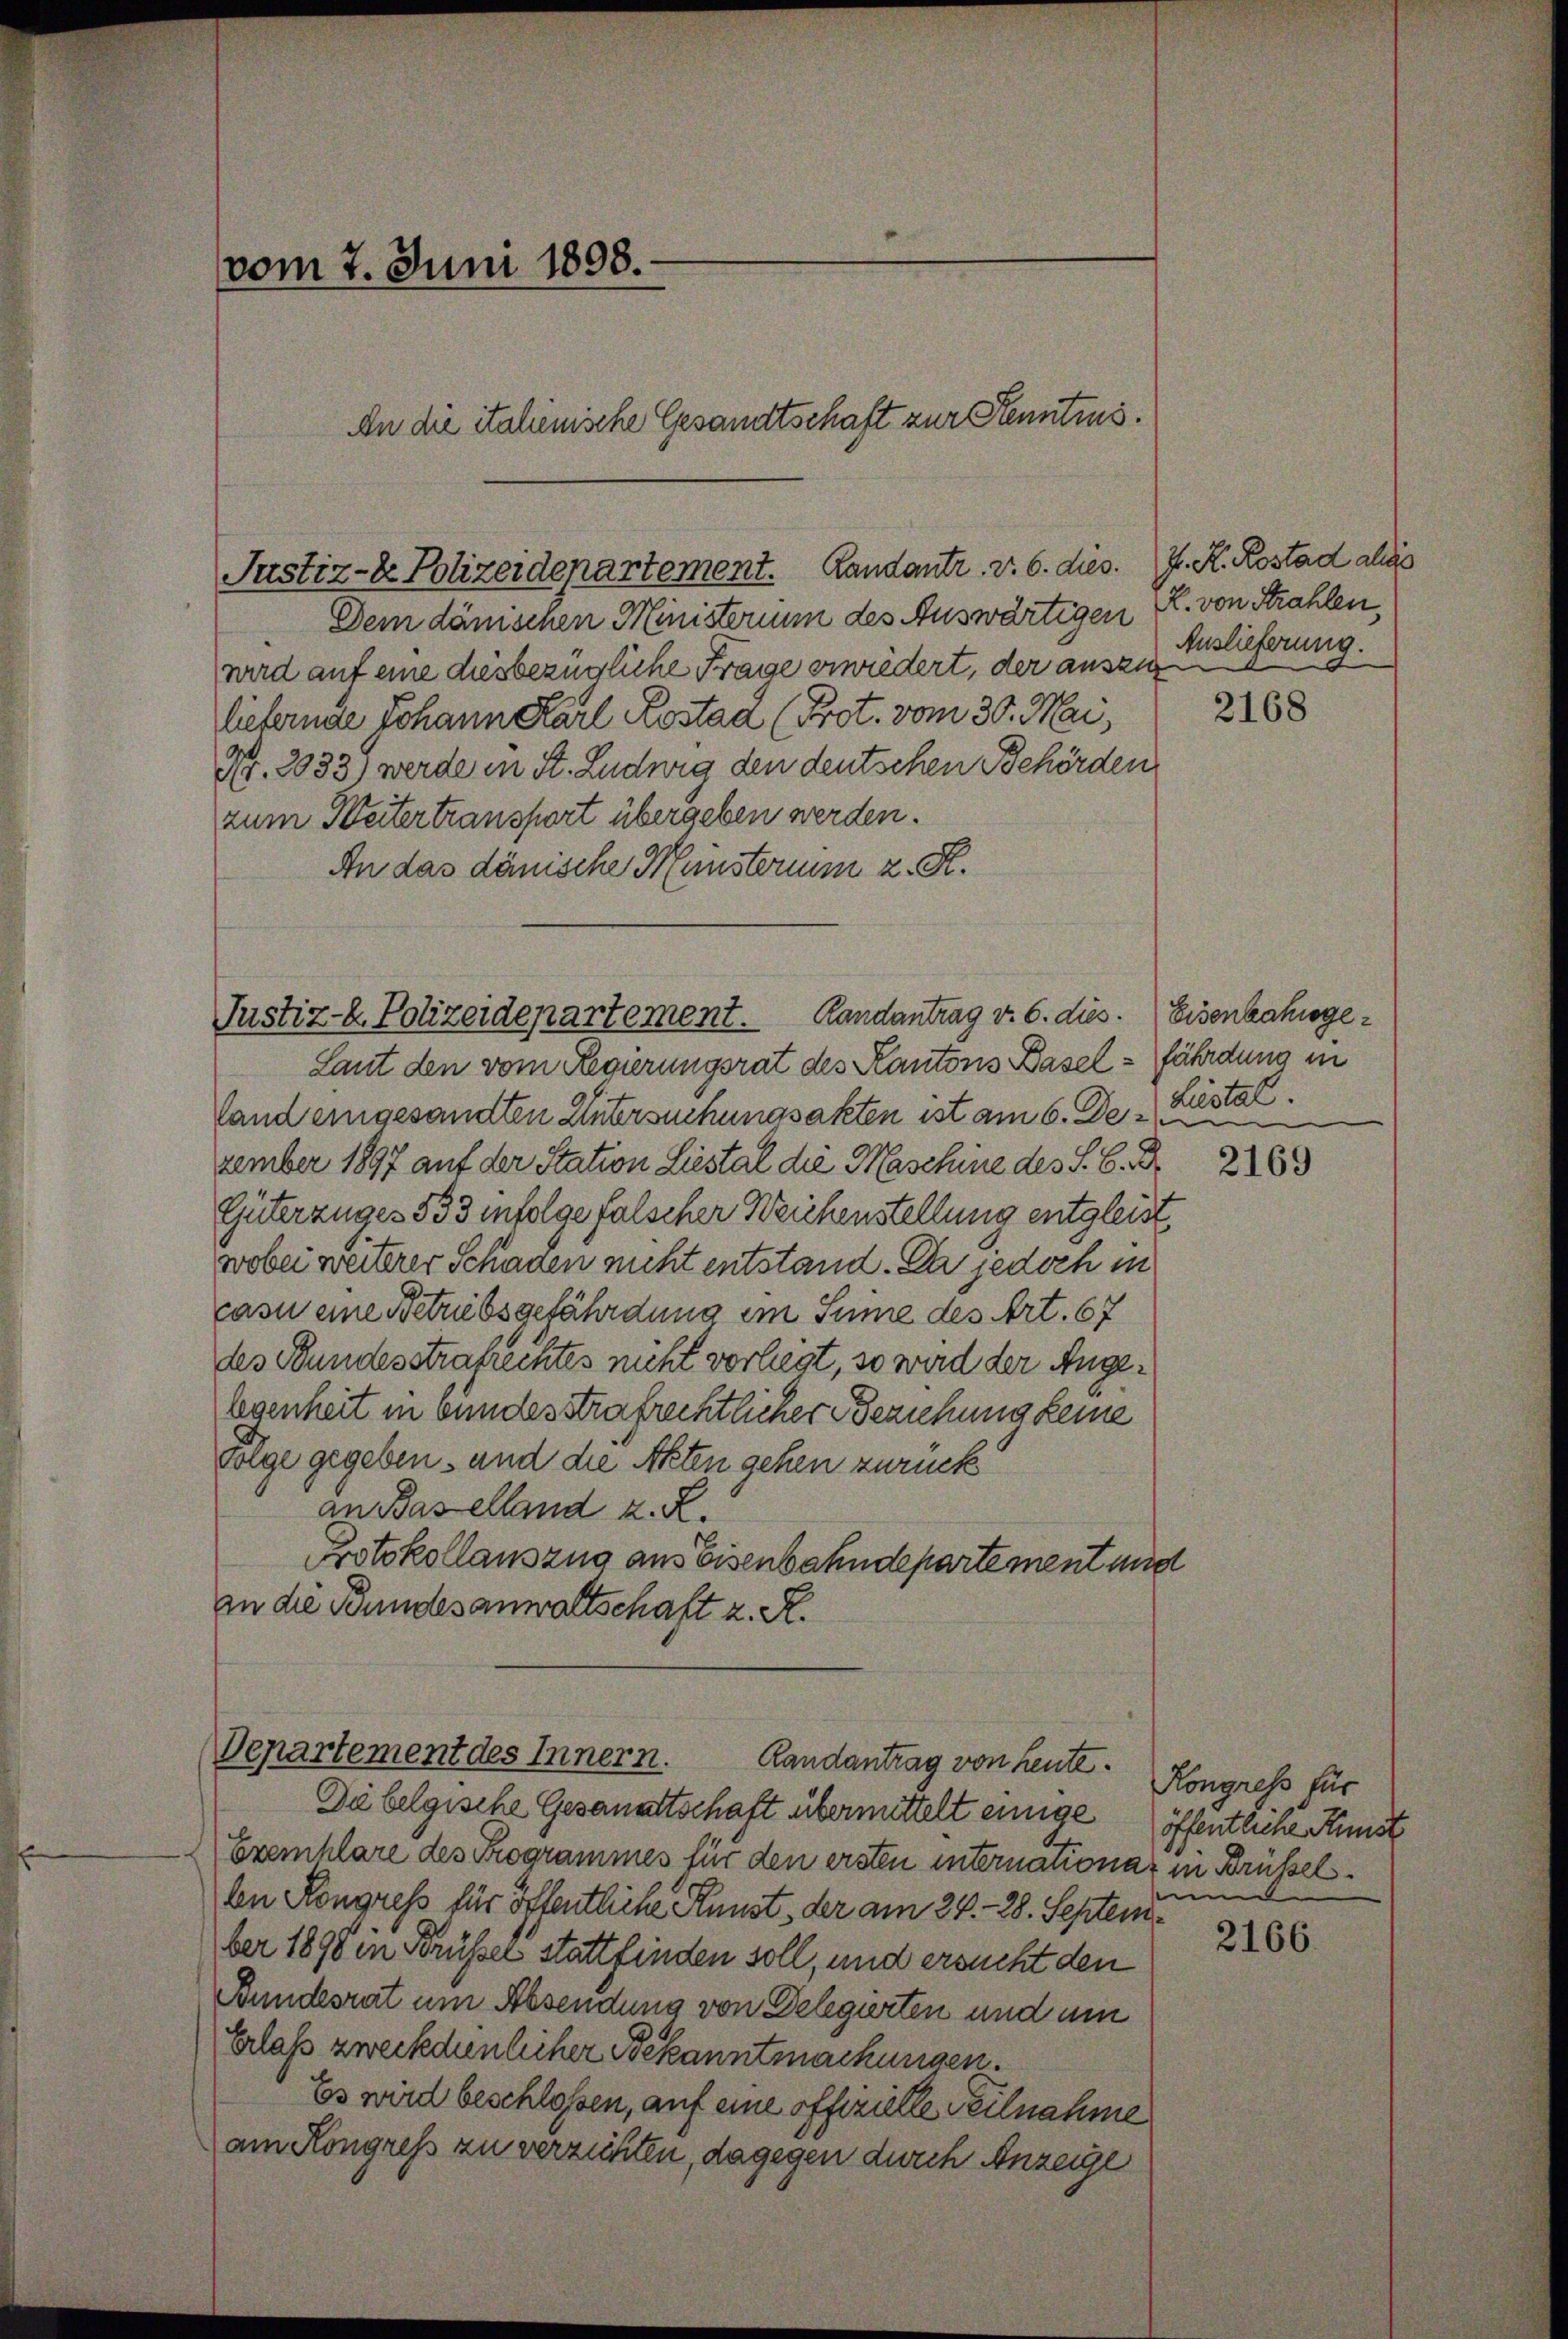
vom 7. Juni 1898.
An die italienische Gesandtschaft zur Kenntnis.

Justiz- & Polizeidepartement. Landantr. v. 6. dies.

Justiz-k. Polizeidepartement.

Dem dänischen Ministerium des Auswärtigen R. von Strahlen,
wird auf eine diesbezügliche Frage erwiedert, der auszu
liefernde Johann Karl Kostaa (Prot. vom 30. Mai,
Nr. 2033) werde in St. Ludwig den deutschen Behörden
zum Weitertransport übergeben werden.
An das dänische Münsterium z. R.
Randantrag v. 6. dies.
Laut den vom Regierungsrat des Kantons Basel - fährdung in
Land eingesandten Untersuchungsakten ist am 6. De - Lister.
zember 1897 auf der Station Liestal die Maschine des S. 6. Br
Güterzuges 533 infolge falscher Weichenstellung entgleist
wobei weiterer Schaden nicht entstand. Da jedoch in
casu eine Betriebsgefährdung im Sinne des Art. 67
des Bundesstrafrechtes nicht vorliegt, so wird der Angelegenheit in bundesstrafrechtlicher Beziehung keine
forge gegeben, und die Akten gehen zurück
an Baselland z. R.
Protokollauszug aus Eisenbahndepartement und
an die Bundesanwaltschaft z. R.

Departement des Innern.
Randantrag von heute.

Die belgische Gesandtschaft übermittelt einige
Exemplare des Programmes für den ersten internationar in Brüsselbe Kongress für öffentliche Kunst, der am 24. - 28. September 1898 in Brüssel stattfinden soll, und ersucht den
Bundesrat um Absendung von Delegierten und um
Erlass zweckdienlicher Bekanntmachungen.
Es wird beschlossen, auf eine offizielle Teilnahme
am Kongress zu verzichten, dagegen durch Anzeige

J. R. Rostad als
Auslieferung.

2168

Eisenbahngee

2169

Kongress für
öffentliche Kunst
n

2166.